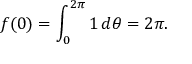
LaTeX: f ( 0 ) = \int _ { 0 } ^ { 2 \pi } 1 \, d \theta = 2 \pi .